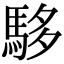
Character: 䮈